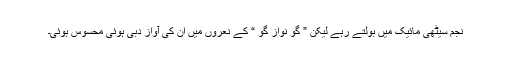
نجم سیٹھی مائیک میں بولتے رہے لیکن ” گو نواز گو “ کے نعروں میں ان کی آواز دبی ہوئی محسوس ہوئی۔